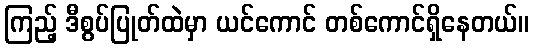
ကြည့် ဒီစွပ်ပြုတ်ထဲမှာ ယင်ကောင် တစ်ကောင်ရှိနေတယ်။